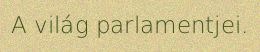
A világ parlamentjei.